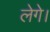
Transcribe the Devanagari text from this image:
लेगे।